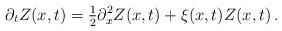
LaTeX: \begin{align*}\partial_t Z(x,t) = \tfrac{1}{2} \partial_x^2Z(x,t) + \xi(x,t)Z(x,t)\,.\end{align*}